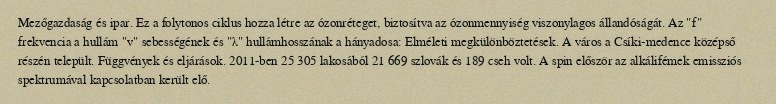
Mezőgazdaság és ipar. Ez a folytonos ciklus hozza létre az ózonréteget, biztosítva az ózonmennyiség viszonylagos állandóságát. Az "f" frekvencia a hullám "v" sebességének és "λ" hullámhosszának a hányadosa: Elméleti megkülönböztetések. A város a Csíki-medence középső részén települt. Függvények és eljárások. 2011-ben 25 305 lakosából 21 669 szlovák és 189 cseh volt. A spin először az alkálifémek emissziós spektrumával kapcsolatban került elő.